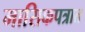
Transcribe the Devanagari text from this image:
मासिकपत्रात